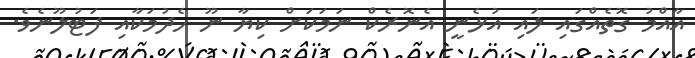
އާއްމު ގޮތެއްގައި ލައި އުޅެނީ އެނޮރެކް ނަމަކަށް ކިޔާ ނޫ ހެދުމަކާއި ފަޓުލޫނެވެ.